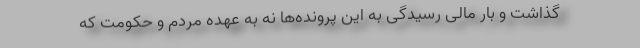
گذاشت و بار مالی رسیدگی به این پرونده‌ها نه به عهده مردم و حکومت که